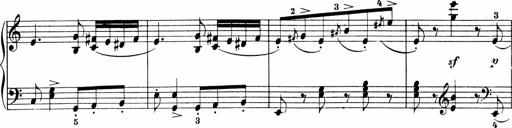
Title: 3 Sonatinas
Composer: Carl Reinecke